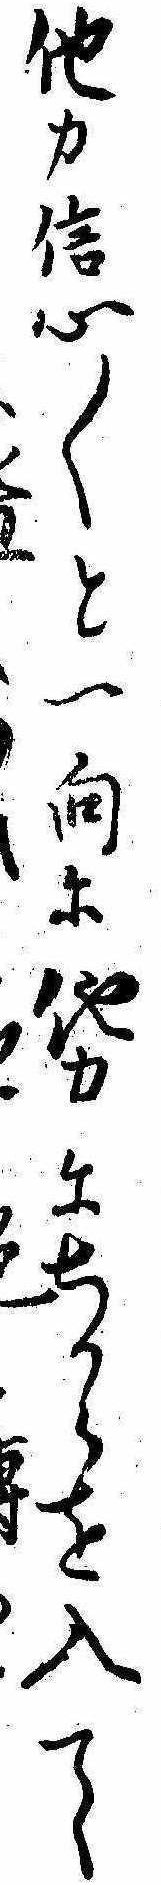
他力信心〱と一向に他力にちからを入て